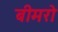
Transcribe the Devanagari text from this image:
बीमरो